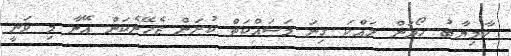
ކާމިޔާބު ހޯދަން ލައްކަ ގިނަ މަސައްކަތް ކުރަން ޖެހޭނެކަން އޭނާ މި ވަނީ